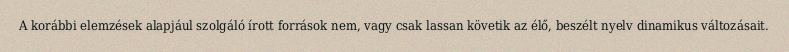
A korábbi elemzések alapjául szolgáló írott források nem, vagy csak lassan követik az élő, beszélt nyelv dinamikus változásait.